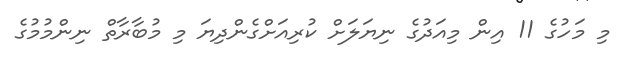
މި މަހުގެ 11 އިން މިއަދުގެ ނިޔަލަށް ކުރިއަށްގެންދިޔަ މި މުބާރާތް ނިންމުމުގެ